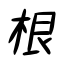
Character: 根